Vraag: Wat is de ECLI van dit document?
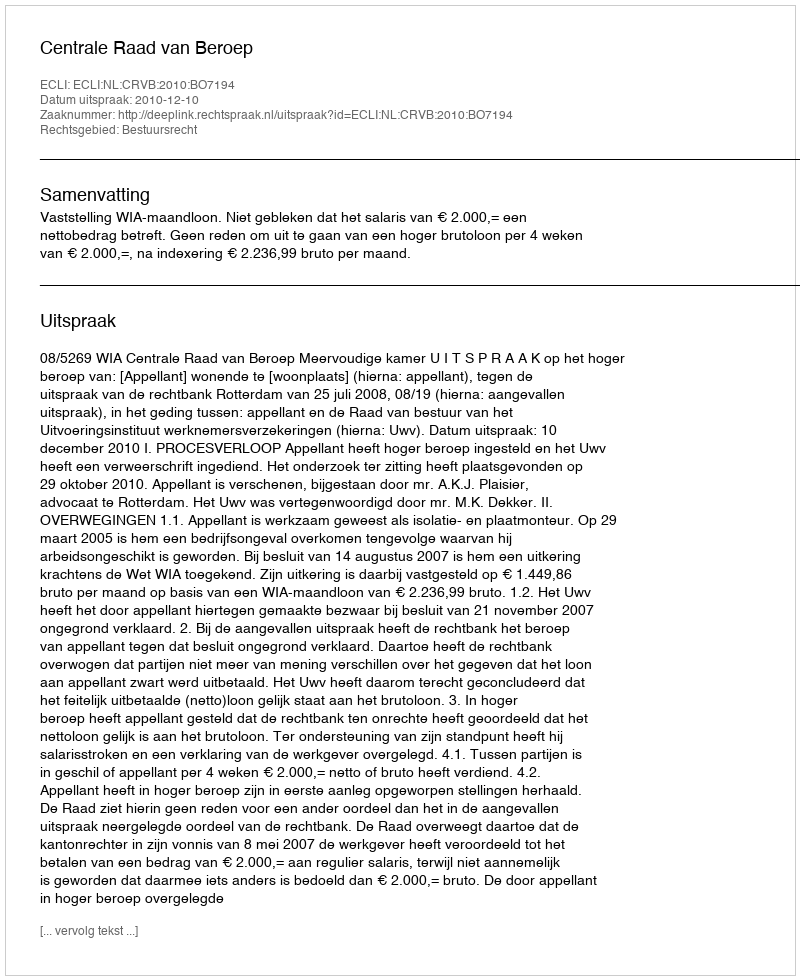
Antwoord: ECLI:NL:CRVB:2010:BO7194